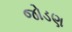
જોડણ